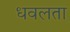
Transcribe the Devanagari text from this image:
धवलता